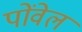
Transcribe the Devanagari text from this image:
पोंवेल